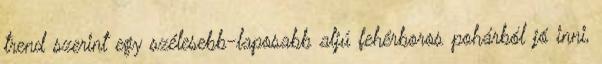
trend szerint egy szélesebb-laposabb aljú fehérboros pohárból jó inni,